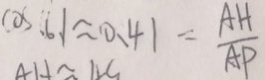
\cos , 6 . 1 \approx 0 . 4 1 = \frac { A H } { A P }